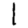
Digit: 1